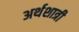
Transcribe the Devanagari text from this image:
अर्थशात्री